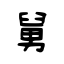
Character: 舅